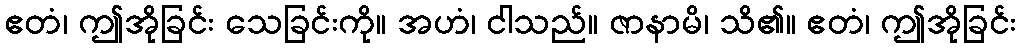
ဧတံ၊ ဤအိုခြင်း သေခြင်းကို။ အဟံ၊ ငါသည်။ ဇာနာမိ၊ သိ၏။ ဧတံ၊ ဤအိုခြင်း